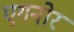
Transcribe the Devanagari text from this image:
एगनोर